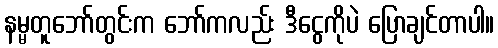
နမ္မတူဘော်တွင်းက ဘော်ကလည်း ဒီငွေကိုပဲ ပြောချင်တာပါ။